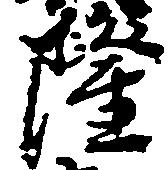
隆